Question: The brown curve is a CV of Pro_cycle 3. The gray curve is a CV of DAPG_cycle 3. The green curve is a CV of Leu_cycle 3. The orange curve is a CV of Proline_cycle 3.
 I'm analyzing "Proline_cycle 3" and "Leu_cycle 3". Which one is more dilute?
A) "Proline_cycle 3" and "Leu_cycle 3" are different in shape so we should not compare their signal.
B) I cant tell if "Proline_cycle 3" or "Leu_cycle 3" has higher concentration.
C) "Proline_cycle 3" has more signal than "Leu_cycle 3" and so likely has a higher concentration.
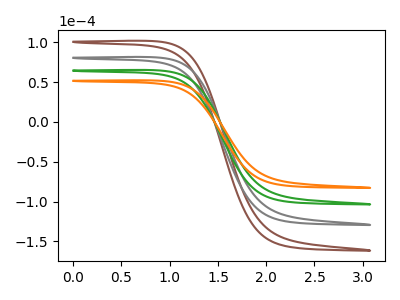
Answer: <think>The brown curve "Pro_cycle 3" has no peaks. The gray curve "DAPG_cycle 3" has no peaks. The green curve "Leu_cycle 3" has no peaks. The orange curve "Proline_cycle 3" has no peaks.
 Neither "Proline_cycle 3" or "Leu_cycle 3" have any peaks.</think>
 <answer>B) I cant tell if "Proline_cycle 3" or "Leu_cycle 3" has higher concentration.</answer>
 <eval>B</eval>